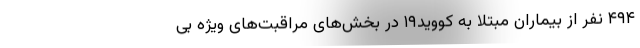
۴۹۴ نفر از بیماران مبتلا به کووید۱۹ در بخش‌های مراقبت‌های ویژه بی